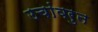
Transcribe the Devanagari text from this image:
उचांवरुन